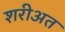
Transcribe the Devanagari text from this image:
शरीअत